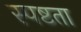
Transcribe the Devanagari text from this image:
स्‍पष्टता